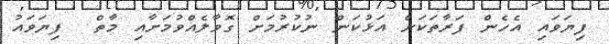
ފިޔަވައި އެހެން ފަރާތަކަށް އަޅުކަން ނުކުރުމަށް ގޮވާލެއްވުމަށާއި މާތް  ފިޔަވައު